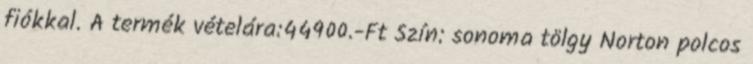
fiókkal. A termék vételára:44900.-Ft Szín: sonoma tölgy Norton polcos